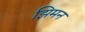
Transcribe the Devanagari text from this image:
झिमन